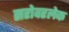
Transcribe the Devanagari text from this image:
सरोवरलेक